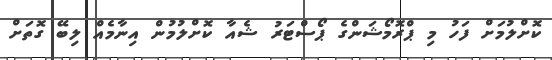
ކޮށްލުމަށް ފަހު މި ޕްރޮމޯޝަންގެ ޕޯސްޓަރު ޝެއާ ކޮށްލުމުން އިނާމެއް ލިބޭ ގޮތަށް